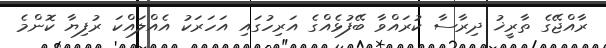
ރާއްޖޭގެ ތާރީޚު ދިރާސާ ކުރައްވާ ބޭފުޅެއްގެ އަރިހުގައި އަހަރަކު އެއްލައްކަ ރުފިޔާ ކޮންމެ